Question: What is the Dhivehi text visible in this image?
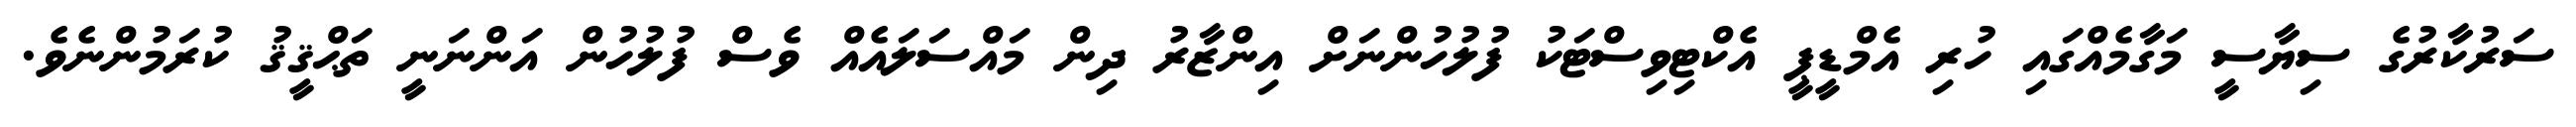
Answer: ސަރުކާރުގެ ސިޔާސީ މަގާމެއްގައި ހުރި އެމްޑީޕީ އެކްޓިވިސްޓަކު ފުލުހުންނަށް އިންޒާރު ދިން މައްސަލައެއް ވެސް ފުލުހުން އަންނަނީ ތަޙްޤީޤު ކުރަމުންނެވެ.